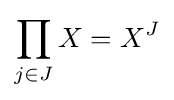
\prod _{j\in J}X=X^{J}